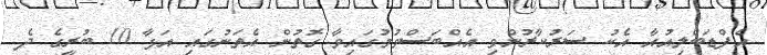
އެފްޑަބްލިއުއާ އެކު ސަރުކާރުންވި އެއްބަސްވުމުގައިވާ ގޮތުން އެތަނުގައި އަޅާ 10 ބުރީގެ ދެ